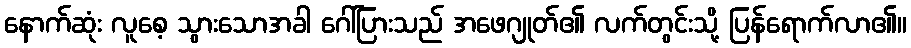
နောက်ဆုံး လူစေ့ သွားသောအခါ ဂေါ်ပြားသည် အဖေဂျုတ်၏ လက်တွင်းသို့ ပြန်ရောက်လာ၏။